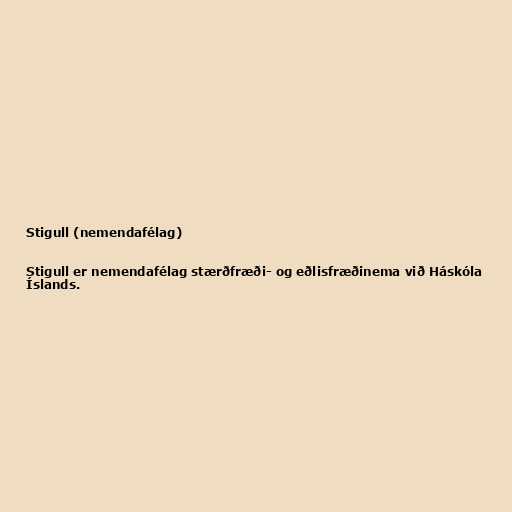
Stigull (nemendafélag)

Stigull er nemendafélag stærðfræði- og eðlisfræðinema við Háskóla
Íslands.